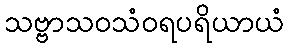
သဗ္ဗာသဝသံဝရပရိယာယံ